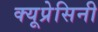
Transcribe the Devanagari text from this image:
क्यूप्रेसिनी